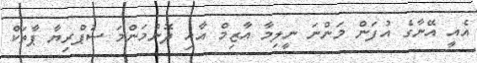
އެއީ އޭނާގެ އުފަން މަންނަ ނީލިމާ އާޒިމް އާއި ދޮންމަންމަ ސުޕްރިޔާ ޕާތަކް